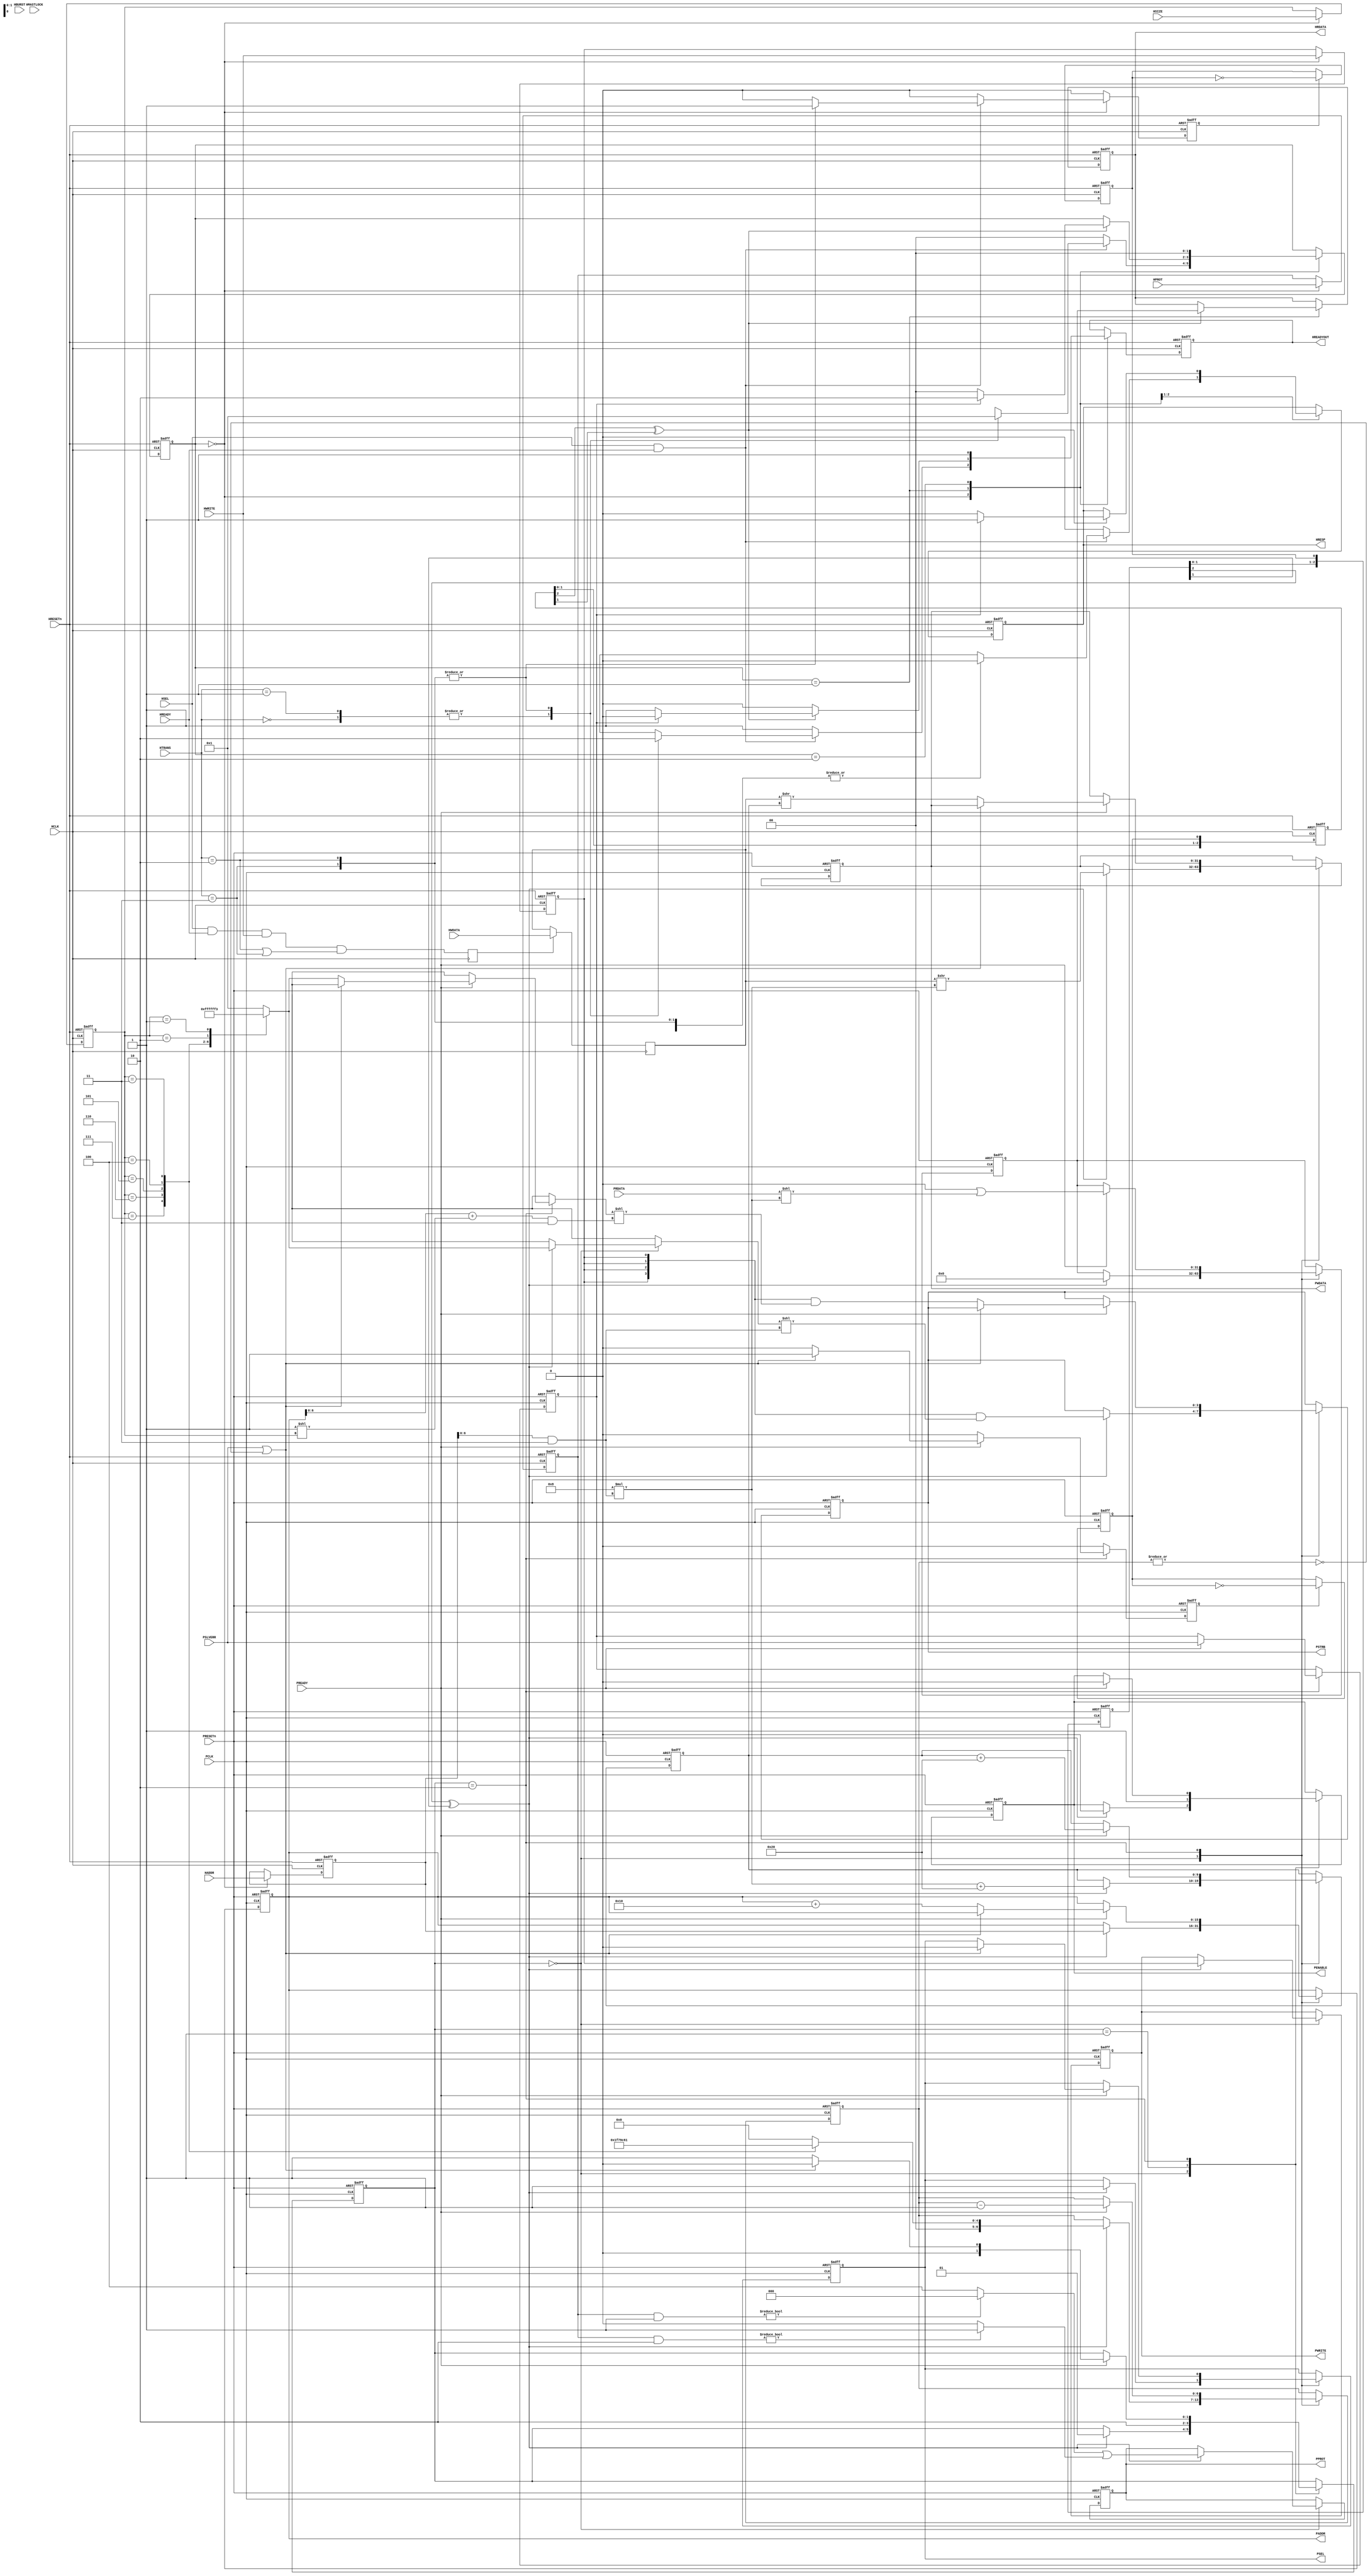
/////////////////////////////////////////////////////////////////////
//   ,------.                    ,--.                ,--.          //
//   |  .--. ' ,---.  ,--,--.    |  |    ,---. ,---. `--' ,---.    //
//   |  '--'.'| .-. |' ,-.  |    |  |   | .-. | .-. |,--.| .--'    //
//   |  |\  \ ' '-' '\ '-'  |    |  '--.' '-' ' '-' ||  |\ `--.    //
//   `--' '--' `---'  `--`--'    `-----' `---' `-   /`--' `---'    //
//                                             `---'               //
//    Asynchronous AHB3-Lite to APB Bridge                         //
//                                                                 //
/////////////////////////////////////////////////////////////////////
//                                                                 //
//             Copyright (C) 2017-2019 ROA Logic BV                //
//             www.roalogic.com                                    //
//                                                                 //
//     Unless specifically agreed in writing, this software is     //
//   licensed under the RoaLogic Non-Commercial License            //
//   version-1.0 (the "License"), a copy of which is included      //
//   with this file or may be found on the RoaLogic website        //
//   http://www.roalogic.com. You may not use the file except      //
//   in compliance with the License.                               //
//                                                                 //
//     THIS SOFTWARE IS PROVIDED "AS IS" AND WITHOUT ANY           //
//   EXPRESS OF IMPLIED WARRANTIES OF ANY KIND.                    //
//   See the License for permissions and limitations under the     //
//   License.                                                      //
//                                                                 //
/////////////////////////////////////////////////////////////////////

// +FHDR -  Semiconductor Reuse Standard File Header Section  -------
// DEPARTMENT     :
// AUTHOR'S EMAIL :
// ------------------------------------------------------------------
// RELEASE HISTORY
// VERSION DATE        AUTHOR      DESCRIPTION
// 1.0     2017-03-29  rherveille  initial release
// 1.1     2019-08-01  rherveille  Fixed PSTRB ahb_hwrite size
// ------------------------------------------------------------------
// KEYWORDS : AMBA AHB AHB3-Lite APB Bridge
// ------------------------------------------------------------------
// PURPOSE  : Asynchronous AHB3Lite to APB4 Bridge
// ------------------------------------------------------------------
// PARAMETERS
//  PARAM NAME        RANGE    DESCRIPTION              DEFAULT UNITS
//  HADDR_SIZE        1+       AHB Address bus size     32      bits
//  HDATA_SIZE        1+       AHB Data bus size        32      bits
//  PADDR_SIZE        1+       APB Address bus size     10      bits
//  PDATA_SIZE        1+       APB Data bus size        8       bits
//  SYNC_DEPTH        1+       CDC sync stages          3       stages
// ------------------------------------------------------------------
// REUSE ISSUES 
//   Reset Strategy      : external asynchronous active low; HRESETn
//   Clock Domains       : HCLK, rising edge
//   Critical Timing     : 
//   Test Features       : na
//   Asynchronous I/F    : no
//   Scan Methodology    : na
//   Instantiations      : none
//   Synthesizable (y/n) : Yes
//   Other               :                                         
// -FHDR-------------------------------------------------------------

module APB_Bridge
#(
  parameter HADDR_SIZE = 16,
  parameter HDATA_SIZE = 32,
  parameter PADDR_SIZE = 16,
  parameter PDATA_SIZE = 32,
  parameter SYNC_DEPTH =  3
)
(
  //AHB Slave Interface
  input                         HRESETn,
                                HCLK,
  input                         HSEL,
  input      [HADDR_SIZE  -1:0] HADDR,
  input      [HDATA_SIZE  -1:0] HWDATA,
  output reg [HDATA_SIZE  -1:0] HRDATA,
  input                         HWRITE,
  input      [             2:0] HSIZE,
  input      [             2:0] HBURST,
  input      [             3:0] HPROT,
  input      [             1:0] HTRANS,
  input                         HMASTLOCK,
  output reg                    HREADYOUT,
  input                         HREADY,
  output reg                    HRESP,

  //APB Master Interface
  input                         PRESETn,
                                PCLK,
  output reg                    PSEL,
  output reg                    PENABLE,
  output reg [             2:0] PPROT,
  output reg                    PWRITE,
  output reg [PDATA_SIZE/8-1:0] PSTRB,
  output reg [PADDR_SIZE  -1:0] PADDR,
  output reg [PDATA_SIZE  -1:0] PWDATA,
  input      [PDATA_SIZE  -1:0] PRDATA,
  input                         PREADY,
  input                         PSLVERR
);
//////////////////////////////////////////////////////////////////
//
// Constants
//

localparam [1:0]    ST_AHB_IDLE=2'b00,
                    ST_AHB_TRANSFER=2'b01,
                    ST_AHB_ERROR=2'b10;

localparam [1:0]    ST_APB_IDLE=2'b00,
                    ST_APB_SETUP=2'b01,
                    ST_APB_TRANSFER=2'b10;


//PPROT
localparam [2:0] PPROT_NORMAL      = 3'b000,
                 PPROT_PRIVILEGED  = 3'b001,
                 PPROT_SECURE      = 3'b000,
                 PPROT_NONSECURE   = 3'b010,
                 PPROT_DATA        = 3'b000,
                 PPROT_INSTRUCTION = 3'b100;

//SYNC_DEPTH
localparam SYNC_DEPTH_MIN = 3;
localparam SYNC_DEPTH_CHK = SYNC_DEPTH > SYNC_DEPTH_MIN ? SYNC_DEPTH : SYNC_DEPTH_MIN;

localparam       HTRANS_SIZE   = 2;
localparam       HSIZE_SIZE    = 3;
localparam       HBURST_SIZE   = 3;
localparam       HPROT_SIZE    = 4;

//HTRANS
localparam [1:0] HTRANS_IDLE   = 2'b00,
                HTRANS_BUSY   = 2'b01,
                HTRANS_NONSEQ = 2'b10,
                HTRANS_SEQ    = 2'b11;

//HSIZE
localparam [2:0] HSIZE_B8    = 3'b000,
                HSIZE_B16   = 3'b001,
                HSIZE_B32   = 3'b010,
                HSIZE_B64   = 3'b011,
                HSIZE_B128  = 3'b100, //4-word line
                HSIZE_B256  = 3'b101, //8-word line
                HSIZE_B512  = 3'b110,
                HSIZE_B1024 = 3'b111,
                HSIZE_BYTE  = HSIZE_B8,
                HSIZE_HWORD = HSIZE_B16,
                HSIZE_WORD  = HSIZE_B32,
                HSIZE_DWORD = HSIZE_B64;

//HBURST
localparam [2:0] HBURST_SINGLE = 3'b000,
                HBURST_INCR   = 3'b001,
                HBURST_WRAP4  = 3'b010,
                HBURST_INCR4  = 3'b011,
                HBURST_WRAP8  = 3'b100,
                HBURST_INCR8  = 3'b101,
                HBURST_WRAP16 = 3'b110,
                HBURST_INCR16 = 3'b111;

//HPROT
localparam [3:0] HPROT_OPCODE         = 4'b0000,
                HPROT_DATA           = 4'b0001,
                HPROT_USER           = 4'b0000,
                HPROT_PRIVILEGED     = 4'b0010,
                HPROT_NON_BUFFERABLE = 4'b0000,
                HPROT_BUFFERABLE     = 4'b0100,
                HPROT_NON_CACHEABLE  = 4'b0000,
                HPROT_CACHEABLE      = 4'b1000;

//HRESP
localparam       HRESP_OKAY  = 1'b0,
                HRESP_ERROR = 1'b1;



////////////////////////////////////////////////////////////////


//////////////////////////////////////////////////////////////////
//
// Variables
//
reg                       ahb_treq;       //transfer request from AHB Statemachine
reg                       treq_toggle;    //toggle-signal-version
reg  [SYNC_DEPTH_CHK-1:0] treq_sync;      //synchronized transfer request
wire                      apb_treq_strb;  //transfer request strobe to APB Statemachine

reg                       apb_tack;       //transfer acknowledge from APB Statemachine
reg                       tack_toggle;    //toggle-signal-version
reg  [SYNC_DEPTH_CHK-1:0] tack_sync;      //synchronized transfer acknowledge
wire                      ahb_tack_strb;  //transfer acknowledge strobe to AHB Statemachine


//store AHB data locally (pipelined bus)
reg  [HADDR_SIZE    -1:0] ahb_haddr;
reg  [HDATA_SIZE    -1:0] ahb_hwdata;
reg                       ahb_hwrite;
reg  [               2:0] ahb_hsize;
reg  [               3:0] ahb_hprot;

reg                       latch_ahb_hwdata;


//store APB data locally
reg  [HDATA_SIZE    -1:0] apb_prdata;
reg                       apb_pslverr;


//State machines
reg  [1:0]                ahb_fsm;
reg  [1:0]                apb_fsm;


//number of transfer cycles (AMBA-beats) on APB interface
reg  [               6:0] apb_beat_cnt;

//running offset in HWDATA
reg  [               9:0] apb_beat_data_offset;


//////////////////////////////////////////////////////////////////
//
// Tasks
//
task ahb_no_transfer;
begin
    ahb_fsm   <= ST_AHB_IDLE;

    HREADYOUT <= 1'b1;
    HRESP     <= HRESP_OKAY;
end
endtask //ahb_no_transfer


task ahb_prep_transfer;
begin
    ahb_fsm    <= ST_AHB_TRANSFER;

    HREADYOUT  <= 1'b0; //hold off master
    HRESP      <= HRESP_OKAY;
    ahb_treq   <= 1'b1; //request data transfer
end
endtask //ahb_prep_transfer


//////////////////////////////////////////////////////////////////
//
// Functions
//
function [6:0] apb_beats
(
    input [2:0] hsize
);
begin

    case (hsize)
        HSIZE_B1024: apb_beats = 1023/PDATA_SIZE; 
        HSIZE_B512 : apb_beats =  511/PDATA_SIZE;
        HSIZE_B256 : apb_beats =  255/PDATA_SIZE;
        HSIZE_B128 : apb_beats =  127/PDATA_SIZE;
        HSIZE_DWORD: apb_beats =   63/PDATA_SIZE;
        HSIZE_WORD : apb_beats =   31/PDATA_SIZE;
        HSIZE_HWORD: apb_beats =   15/PDATA_SIZE;
        default    : apb_beats =    7/PDATA_SIZE;
    endcase
end
endfunction //apb_beats


function [6:0] address_mask;
    input integer data_size;
begin

    //Which bits in HADDR should be taken into account?
    case (data_size)
            1024: address_mask = 7'b111_1111; 
            512:  address_mask = 7'b011_1111;
            256:  address_mask = 7'b001_1111;
            128:  address_mask = 7'b000_1111;
            64:   address_mask = 7'b000_0111;
            32:   address_mask = 7'b000_0011;
            16:   address_mask = 7'b000_0001;
        default:  address_mask = 7'b000_0000;
    endcase
end
endfunction //address_mask


function [9:0] data_offset (input [HADDR_SIZE-1:0] haddr);
    reg [6:0] haddr_masked;
begin

    //Generate masked address
    haddr_masked = haddr & address_mask(HDATA_SIZE);

    //calculate bit-offset
    data_offset = 8 * haddr_masked;
end
endfunction //data_offset


function [PDATA_SIZE/8-1:0] pstrb;
    input [           2:0] hsize;
    input [PADDR_SIZE-1:0] paddr;

    reg [127:0] full_pstrb;
    reg [  6:0] paddr_masked;
begin

    //get number of active lanes for a 1024bit databus (max width) for this HSIZE
    case (hsize)
        HSIZE_B1024: full_pstrb = {128{1'b1}}; 
        HSIZE_B512 : full_pstrb = { 64{1'b1}};
        HSIZE_B256 : full_pstrb = { 32{1'b1}};
        HSIZE_B128 : full_pstrb = { 16{1'b1}};
        HSIZE_DWORD: full_pstrb = {  8{1'b1}};
        HSIZE_WORD : full_pstrb = {  4{1'b1}};
        HSIZE_HWORD: full_pstrb = {  2{1'b1}};
        default    : full_pstrb = {  1{1'b1}};
    endcase

    //generate masked address
    paddr_masked = paddr & address_mask(PDATA_SIZE);

    //create PSTRB
    pstrb = full_pstrb[PDATA_SIZE/8-1:0] << paddr_masked;
end
endfunction //pstrb


//////////////////////////////////////////////////////////////////
//
// Module Body
//

/*
* AHB Statemachine
*/
always @(posedge HCLK,negedge HRESETn) begin
    if (!HRESETn)
    begin
        ahb_fsm    <= ST_AHB_IDLE;

        HREADYOUT  <= 1'b1;
        HRESP      <= HRESP_OKAY;
        HRDATA     <=  'h0;

        ahb_treq   <= 1'b0;
        ahb_haddr  <=  'h0;
        ahb_hwrite <= 1'b0;
        ahb_hprot  <=  'h0;
        ahb_hsize  <=  'h0;
    end
    else
    begin
        ahb_treq <= 1'b0; //1 cycle strobe signal

        case (ahb_fsm)
            ST_AHB_IDLE:
            begin
                //store basic parameters
                ahb_haddr  <= HADDR;
                ahb_hwrite <= HWRITE;
                ahb_hprot  <= HPROT;
                ahb_hsize  <= HSIZE;

                if (HSEL && HREADY)
                begin
                    /*
                    * This (slave) is selected ... what kind of transfer is this?
                    */
                    case (HTRANS)
                        HTRANS_IDLE  : ahb_no_transfer;
                        HTRANS_BUSY  : ahb_no_transfer;
                        HTRANS_NONSEQ: ahb_prep_transfer;
                        HTRANS_SEQ   : ahb_prep_transfer;
                    endcase //HTRANS
                end
                else ahb_no_transfer;
            end

            ST_AHB_TRANSFER:
            if (ahb_tack_strb)
            begin
                /*
                * APB acknowledged transfer. Current transfer done
                * Check AHB bus to determine if another transfer is pending
                */

                //assign read data
                HRDATA <= apb_prdata; 

                //indicate transfer done. Normally HREADYOUT = '1', HRESP=OKAY
                //HRESP=ERROR requires 2 cycles
                if (apb_pslverr)
                begin
                    HREADYOUT <= 1'b0;
                    HRESP     <= HRESP_ERROR;
                    ahb_fsm   <= ST_AHB_ERROR;
                end
                else
                begin
                    HREADYOUT <= 1'b1;
                    HRESP     <= HRESP_OKAY;
                    ahb_fsm   <= ST_AHB_IDLE;
                end
            end
            else
            begin
                HREADYOUT <= 1'b0; //transfer still in progress
            end

            ST_AHB_ERROR:
            begin
                //2nd cycle of error response
                ahb_fsm   <= ST_AHB_IDLE;
                HREADYOUT <= 1'b1;
            end
        endcase //ahb_fsm
    end
end


always @(posedge HCLK)
    latch_ahb_hwdata <= HSEL & HREADY & HWRITE & ((HTRANS == HTRANS_NONSEQ) || (HTRANS == HTRANS_SEQ));

always @(posedge HCLK)
    if (latch_ahb_hwdata) ahb_hwdata <= HWDATA;



/*
* Clock domain crossing ...
*/
//AHB -> APB
always @(posedge HCLK,negedge HRESETn)
    if      (!HRESETn ) treq_toggle <= 1'b0;
    else if ( ahb_treq) treq_toggle <= ~treq_toggle;


always @(posedge PCLK,negedge PRESETn)
    if (!PRESETn) treq_sync <= 'h0;
    else          treq_sync <= {treq_sync[SYNC_DEPTH-2:0], treq_toggle};//~~


assign apb_treq_strb = treq_sync[SYNC_DEPTH-1] ^ treq_sync[SYNC_DEPTH-2];


//APB -> AHB
always @(posedge PCLK,negedge PRESETn)
    if      (!PRESETn ) tack_toggle <= 1'b0;
    else if ( apb_tack) tack_toggle <= ~tack_toggle;


always @(posedge HCLK,negedge HRESETn)
    if (!HRESETn) tack_sync <= 'h0;
    else          tack_sync <= {tack_sync[SYNC_DEPTH-2:0], tack_toggle};


assign ahb_tack_strb = tack_sync[SYNC_DEPTH-1] ^ tack_sync[SYNC_DEPTH-2];


/*
* APB Statemachine
*/
always @(posedge PCLK,negedge PRESETn) begin
    if (!PRESETn)
    begin
        apb_fsm              <= ST_APB_IDLE;
        apb_tack             <= 1'b0;
        apb_prdata           <=  'h0;
        apb_beat_cnt         <=  'h0;
        apb_beat_data_offset <=  'h0;
        apb_pslverr          <= 1'b0;

        PSEL                 <= 1'b0;
        PPROT                <= 1'b0;
        PADDR                <=  'h0;
        PWRITE               <= 1'b0;
        PENABLE              <= 1'b0;
        PWDATA               <=  'h0;
        PSTRB                <=  'h0;
    end
    else
    begin
        apb_tack <= 1'b0;

        case (apb_fsm)
            ST_APB_IDLE:
                if (apb_treq_strb)
                begin
                    apb_fsm              <= ST_APB_SETUP;

                    PSEL                 <= 1'b1;
                    PENABLE              <= 1'b0;
                    PPROT                <= ((ahb_hprot & HPROT_DATA      ) ? PPROT_DATA       : PPROT_INSTRUCTION) |
                                            ((ahb_hprot & HPROT_PRIVILEGED) ? PPROT_PRIVILEGED : PPROT_NORMAL     ); 
                    PADDR                <= ahb_haddr[PADDR_SIZE-1:0];
                    PWRITE               <= ahb_hwrite;
                    PWDATA               <= ahb_hwdata >> data_offset(ahb_haddr);
                    PSTRB                <= {PDATA_SIZE/8{ahb_hwrite}} & pstrb(ahb_hsize,ahb_haddr[PADDR_SIZE-1:0]);

                    apb_prdata           <= 'h0;                                   //clear prdata
                    apb_beat_cnt         <= apb_beats(ahb_hsize);
                    apb_beat_data_offset <= data_offset(ahb_haddr) + PDATA_SIZE;   //for the NEXT transfer
                end

            ST_APB_SETUP:
                begin
                    //retain all signals and assert PENABLE
                    apb_fsm <= ST_APB_TRANSFER;
                    PENABLE <= 1'b1;
                end

            ST_APB_TRANSFER:
                if (PREADY)
                begin
                    apb_beat_cnt         <= apb_beat_cnt -1;
                    apb_beat_data_offset <= apb_beat_data_offset + PDATA_SIZE;

                    apb_prdata           <= (apb_prdata << PDATA_SIZE) | (PRDATA << data_offset(ahb_haddr));//TODO: check/sim
                    apb_pslverr          <= PSLVERR;

                    PENABLE              <= 1'b0;

                    if (PSLVERR || ~|apb_beat_cnt)
                    begin
                        /*
                        * Transfer complete
                        * Go back to IDLE
                        * Signal AHB fsm, transfer complete
                        */
                        apb_fsm  <= ST_APB_IDLE;
                        apb_tack <= 1'b1;
                        PSEL     <= 1'b0;
                    end
                    else
                    begin
                        /*
                        * More beats in current transfer
                        * Setup next address and data
                        */
                        apb_fsm       <= ST_APB_SETUP;

                        PADDR  <= PADDR + (1 << PDATA_SIZE/8);
                        PWDATA <= ahb_hwdata >> apb_beat_data_offset;
                        PSTRB  <= {PDATA_SIZE/8{ahb_hwrite}} & pstrb(ahb_hsize,PADDR + (1 << ahb_hsize));
                    end
                end
        endcase
    end
end

endmodule